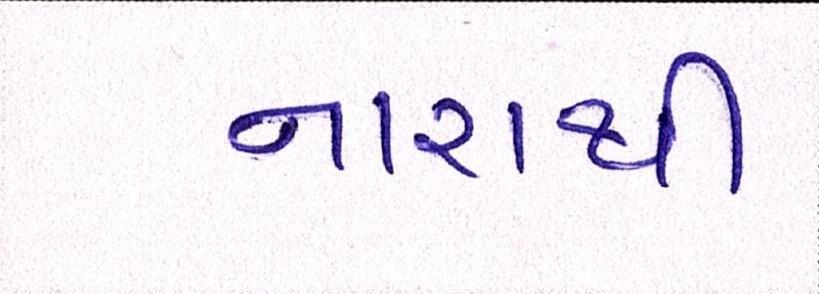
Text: નારાથી